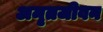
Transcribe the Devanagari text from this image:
अमृतजीवन